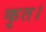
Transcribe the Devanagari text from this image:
कृत।